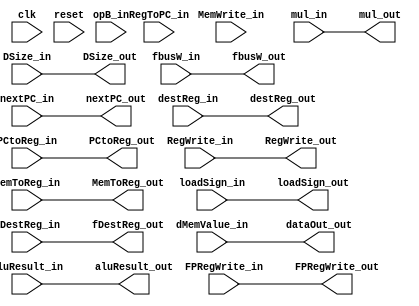
module memory_stage(
    //inputs from ex_mem register
    nextPC_in, opB_in, destReg_in, aluResult_in,
    PCtoReg_in,
    RegToPC_in, //not needed?
    
    RegWrite_in, MemToReg_in, MemWrite_in, loadSign_in,
    DSize_in, fDestReg_in, fbusW_in, FPRegWrite_in, mul_in,
    //std clk/reset
    clk, reset,
    //input from data memory
    dMemValue_in,
    //outputs for mem_wb register
    nextPC_out, destReg_out, aluResult_out, dataOut_out,
    PCtoReg_out, RegWrite_out, MemToReg_out, loadSign_out,
    DSize_out, fDestReg_out, fbusW_out, FPRegWrite_out, mul_out
    );
    
    input [0:31] nextPC_in;
    input [0:4] destReg_in;
    input [0:31] aluResult_in;
    input [0:31] opB_in;
    input PCtoReg_in;
    input RegToPC_in;
    input RegWrite_in;
    input MemToReg_in;
    input MemWrite_in;
    input loadSign_in;
    input [0:1] DSize_in;
    input [0:4] fDestReg_in;
    input [0:63] fbusW_in;
    input FPRegWrite_in, mul_in;
    input clk, reset;
    input [0:31] dMemValue_in;
    
    output [0:31] nextPC_out;
    output [0:4] destReg_out;
    output [0:31] aluResult_out;
    output [0:31] dataOut_out;
    output PCtoReg_out;
    output RegWrite_out;
    output MemToReg_out;
    output loadSign_out;
    output [0:1] DSize_out;
    output [0:4] fDestReg_out;
    output [0:63] fbusW_out;
    output FPRegWrite_out, mul_out;
    
    assign nextPC_out = nextPC_in;
    assign destReg_out = destReg_in;
    assign aluResult_out = aluResult_in;
    assign PCtoReg_out = PCtoReg_in;
    assign RegWrite_out = RegWrite_in;
    assign MemToReg_out = MemToReg_in;
    assign loadSign_out = loadSign_in;
    assign DSize_out = DSize_in;
    assign fDestReg_out = fDestReg_in;
    assign fbusW_out = fbusW_in;
    assign FPRegWrite_out = FPRegWrite_in;
    assign mul_out = mul_in;
    
    assign dataOut_out = dMemValue_in;
    
    
endmodule